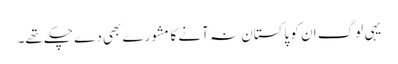
یہی لوگ ان کو پاکستان نہ آنے کا مشورے بھی دے چکے تھے۔